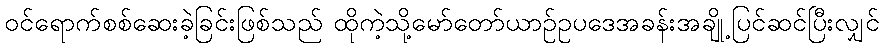
ဝင်ရောက်စစ်ဆေးခဲ့ခြင်းဖြစ်သည် ထိုကဲ့သို့မော်တော်ယာဉ်ဥပဒေအခန်းအချို့ပြင်ဆင်ပြီးလျှင်